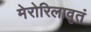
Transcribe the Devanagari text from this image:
मेरोरिलावृतं